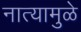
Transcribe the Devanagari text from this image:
नात्यामुळे